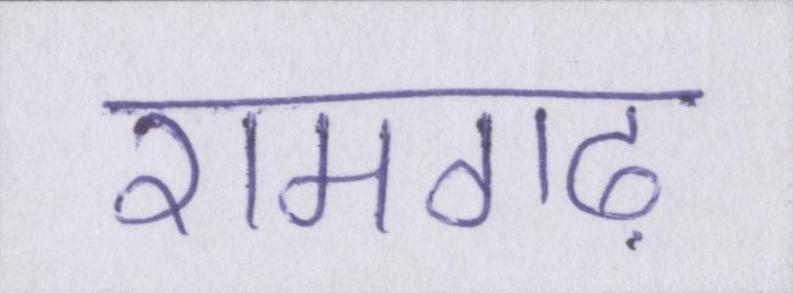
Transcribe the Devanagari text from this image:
रामगढ़